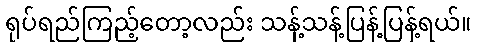
ရုပ်ရည်ကြည့်တော့လည်း သန့်သန့်ပြန့်ပြန့်ရယ်။